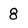
Character: 8